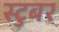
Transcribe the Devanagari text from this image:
स्टुबर